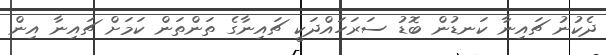
ދެކުނު ޗައިނާ ކަނޑުން ބޮޑު ސަރަހައްދަކީ ޗައިނާގެ ތަންތަން ކަމަށް ޗައިނާ އިން